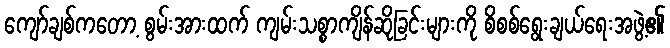
ကျော်ချစ်ကတော့ စွမ်းအားထက် ကျမ်းသစ္စာကျိန်ဆိုခြင်းများကို စိစစ်ရွေးချယ်ရေးအဖွဲ့၏